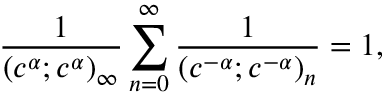
\frac { 1 } { ( c ^ { \alpha } ; c ^ { \alpha } ) _ { \infty } } \sum _ { n = 0 } ^ { \infty } \frac { 1 } { ( c ^ { - \alpha } ; c ^ { - \alpha } ) _ { n } } = 1 ,